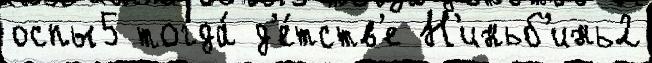
оспы5 тогда́ д'е́тств'е Н'иньб'инь2